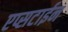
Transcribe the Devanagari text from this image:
एप्सटाईन